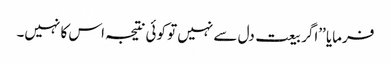
فرمایا ’’اگر بیعت دل سے نہیں تو کوئی نتیجہ اس کا نہیں۔